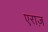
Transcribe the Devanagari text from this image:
एराज़